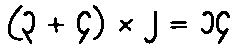
(၃ + ၄) × ၂ = ၁၄